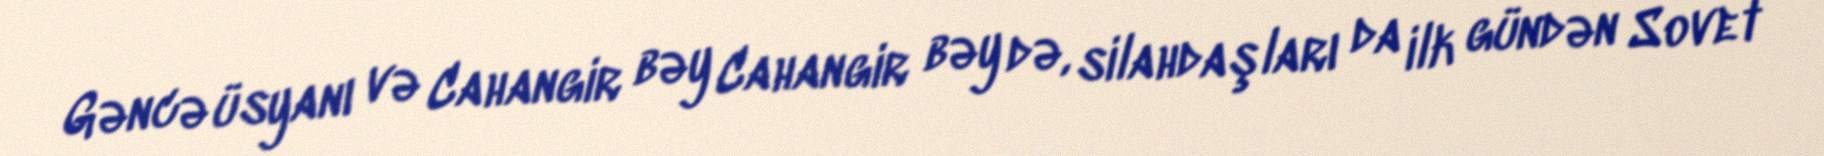
Gəncə üsyanı və Cahangir bəy Cahangir bəy də, silahdaşları da ilk gündən Sovet